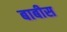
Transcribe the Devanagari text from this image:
बाबीस